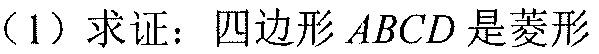
（1）求证：四边形\(ABCD\)是菱形